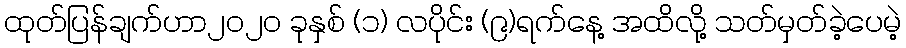
ထုတ်ပြန်ချက်ဟာ၂၀၂၀ ခုနှစ် (၁) လပိုင်း (၉)ရက်နေ့ အထိလို့ သတ်မှတ်ခဲ့ပေမဲ့